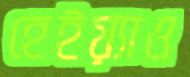
হেইয়্যাও